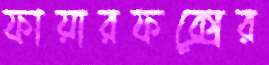
ফায়ারফক্সের